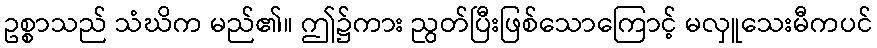
ဥစ္စာသည် သံဃိက မည်၏။ ဤ၌ကား ညွတ်ပြီးဖြစ်သောကြောင့် မလှူသေးမီကပင်